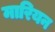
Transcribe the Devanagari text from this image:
मारियन